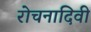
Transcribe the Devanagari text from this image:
रोचनादिवी